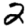
Digit: 2